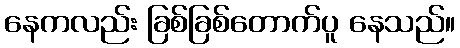
နေကလည်း ခြစ်ခြစ်တောက်ပူ နေသည်။